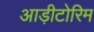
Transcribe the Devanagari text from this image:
आड़ीटोरिम